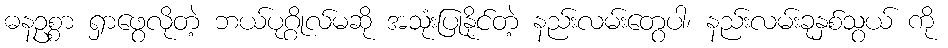
ဓနဥစ္စာ ရှာဖွေလိုတဲ့ ဘယ်ပုဂ္ဂိုလ်မဆို အသုံးပြုနိုင်တဲ့ နည်းလမ်းတွေပါ၊ နည်းလမ်းခုနှစ်သွယ် ကို